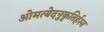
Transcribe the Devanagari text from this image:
ओमत्येदनुकृतिर्हस्म